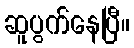
ဆူပွက်နေပြီ။